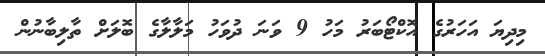
މިދިޔަ އަހަރުގެ އޮކްޓޯބަރު މަހު 9 ވަނަ ދުވަހު މަލާލާގެ ބޮލަށް ތާލިބާނުން